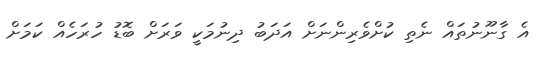
އެ ގާނޫނުތައް ނެތި ކުށްވެރިންނަށް އަދަބު ދިނުމަކީ ވަރަށް ބޮޑު ހުރަހެއް ކަމަށް